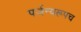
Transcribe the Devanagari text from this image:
पर्जन्यरूपच